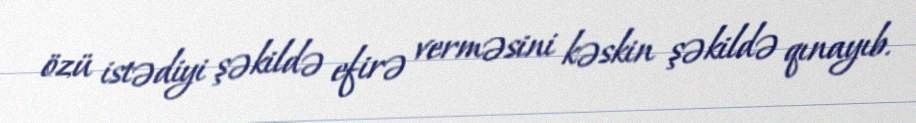
özü istədiyi şəkildə efirə verməsini kəskin şəkildə qınayıb.